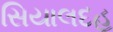
સિયાલદહ